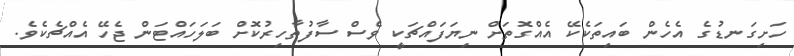
ހަށިގަނޑުގެ އެހެން ބައިތަކެކޭ އެއްގޮތަށް ނިޔަފައްޗަކީ ވެސް ސާފުތާހިރުކޮށް ބަލަހައްޓަން ޖެހޭ އެއްޗެކެވެ.